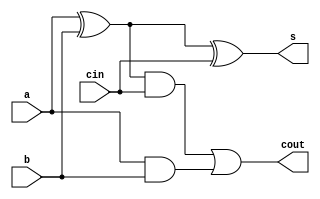
`timescale 1ns / 1ps

module fulladder(
input a,
input b,
input cin,
output s,
output cout
    );
wire x, y,z;
assign x = a ^ b;
assign y= a & b;
assign z= x & cin;
assign s = x ^ cin;
assign cout = z | y;
endmodule